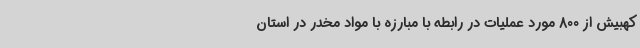
‌کهبیش از 800 مورد عملیات در رابطه با مبارزه با مواد مخدر در استان